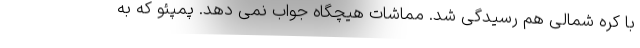
با کره شمالی هم رسیدگی شد. مماشات هیچگاه جواب نمی دهد. پمپئو که به